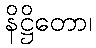
နိဋ္ဌိတော၊